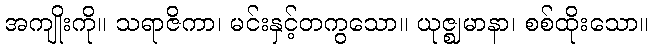
အကျိုးကို။ သရာဇိကာ၊ မင်းနှင့်တကွသော။ ယုဇ္ဈမာနာ၊ စစ်ထိုးသော။